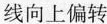
线向上偏转